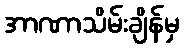
အာဏာသိမ်းချိန်မှ